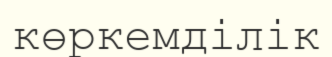
көркемділік